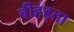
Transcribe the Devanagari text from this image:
बीहड़ता